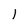
Character: l